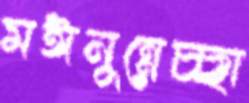
মঈনুন্নেচ্ছা